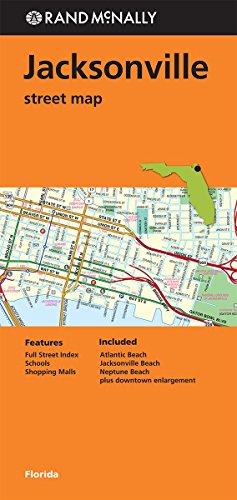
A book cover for Rand McNally: Folded Map: Jacksonville Street Map; Rand McNally; Travel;